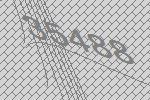
35488